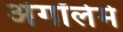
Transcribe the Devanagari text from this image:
अंगॉलेमे